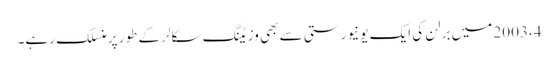
2003،4 میں برلن کی ایک یونیورستی سے بھی وزیٹنگ سکالر کے طور پر منسلک رہے۔